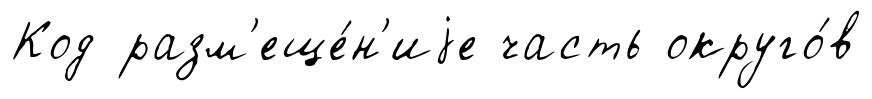
Код разм'еще́н'иjе часть округо́в